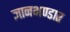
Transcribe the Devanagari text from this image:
ज्ञानभण्डार